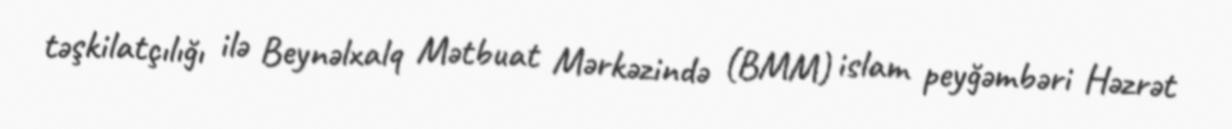
təşkilatçılığı ilə Beynəlxalq Mətbuat Mərkəzində (BMM) islam peyğəmbəri Həzrət